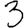
Digit: 3